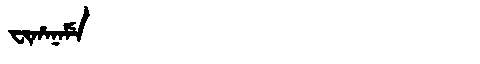
Manchu: ᠸᡳᡥᠠᠨᠠᠮᡝ
Romanization: FIHANAME